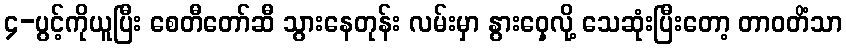
၄-ပွင့်ကိုယူပြီး စေတီတော်ဆီ သွားနေတုန်း လမ်းမှာ နွားဝှေ့လို့ သေဆုံးပြီးတော့ တာဝတိံသာ